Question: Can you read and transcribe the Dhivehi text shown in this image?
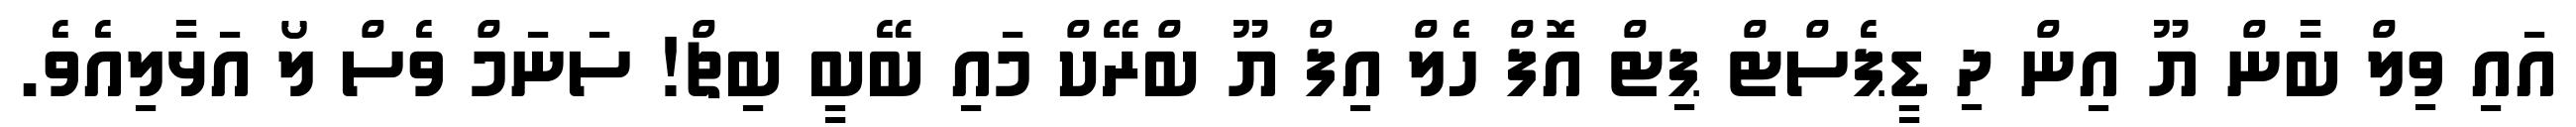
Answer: އައި ވިލް ބާން ޔޫ އިން ދި ޑީޕެސްޓް ޕިޓް އޮފް ހެލް އިފް ޔޫ ބްރޭކް މައި ބޭބީ ބިޗް! ސަނަމް ވެސް ލޯ އަޅާލިއެވެ.